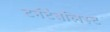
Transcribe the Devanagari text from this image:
टर्नटैबलिस्ट